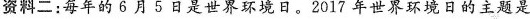
资料二：每年的6月5日是世界环境日。2017年世界环境日的主题是